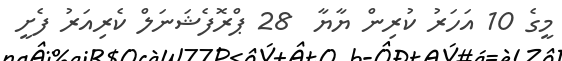
މީގެ 10 އަހަރު ކުރިން ޔާޔާ  28 ޕްރޮފެޝަނަލް ކެރިއަރު ފެށީ